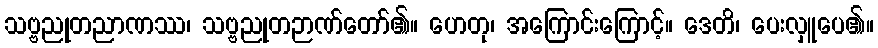
သဗ္ဗညုတညာဏဿ၊ သဗ္ဗညုတဉာဏ်တော်၏။ ဟေတု၊ အကြောင်းကြောင့်။ ဒေတိ၊ ပေးလှူပေ၏။